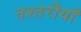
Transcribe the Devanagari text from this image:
तश्तरीयाँ